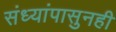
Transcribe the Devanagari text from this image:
संध्यांपासुनही